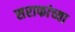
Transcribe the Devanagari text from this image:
सराफांच्या